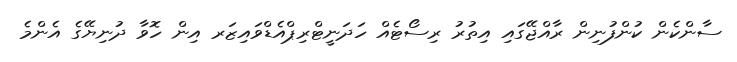
ސާންކެން ކުންފުނިން ރާއްޖޭގައި އިތުރު ރިސޯޓެއް ހަދަނީޓްރިޕްއެޑްވައިޒަރ އިން ހޮވާ ދުނިޔޭގެ އެންމެ